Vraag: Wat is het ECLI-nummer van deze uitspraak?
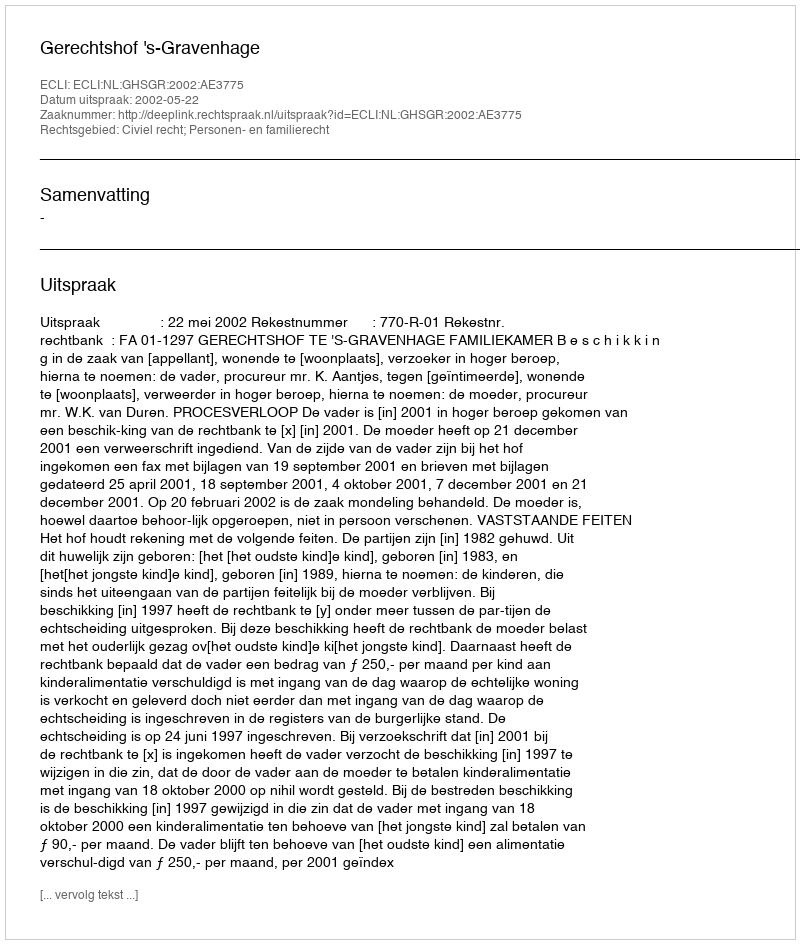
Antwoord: ECLI:NL:GHSGR:2002:AE3775